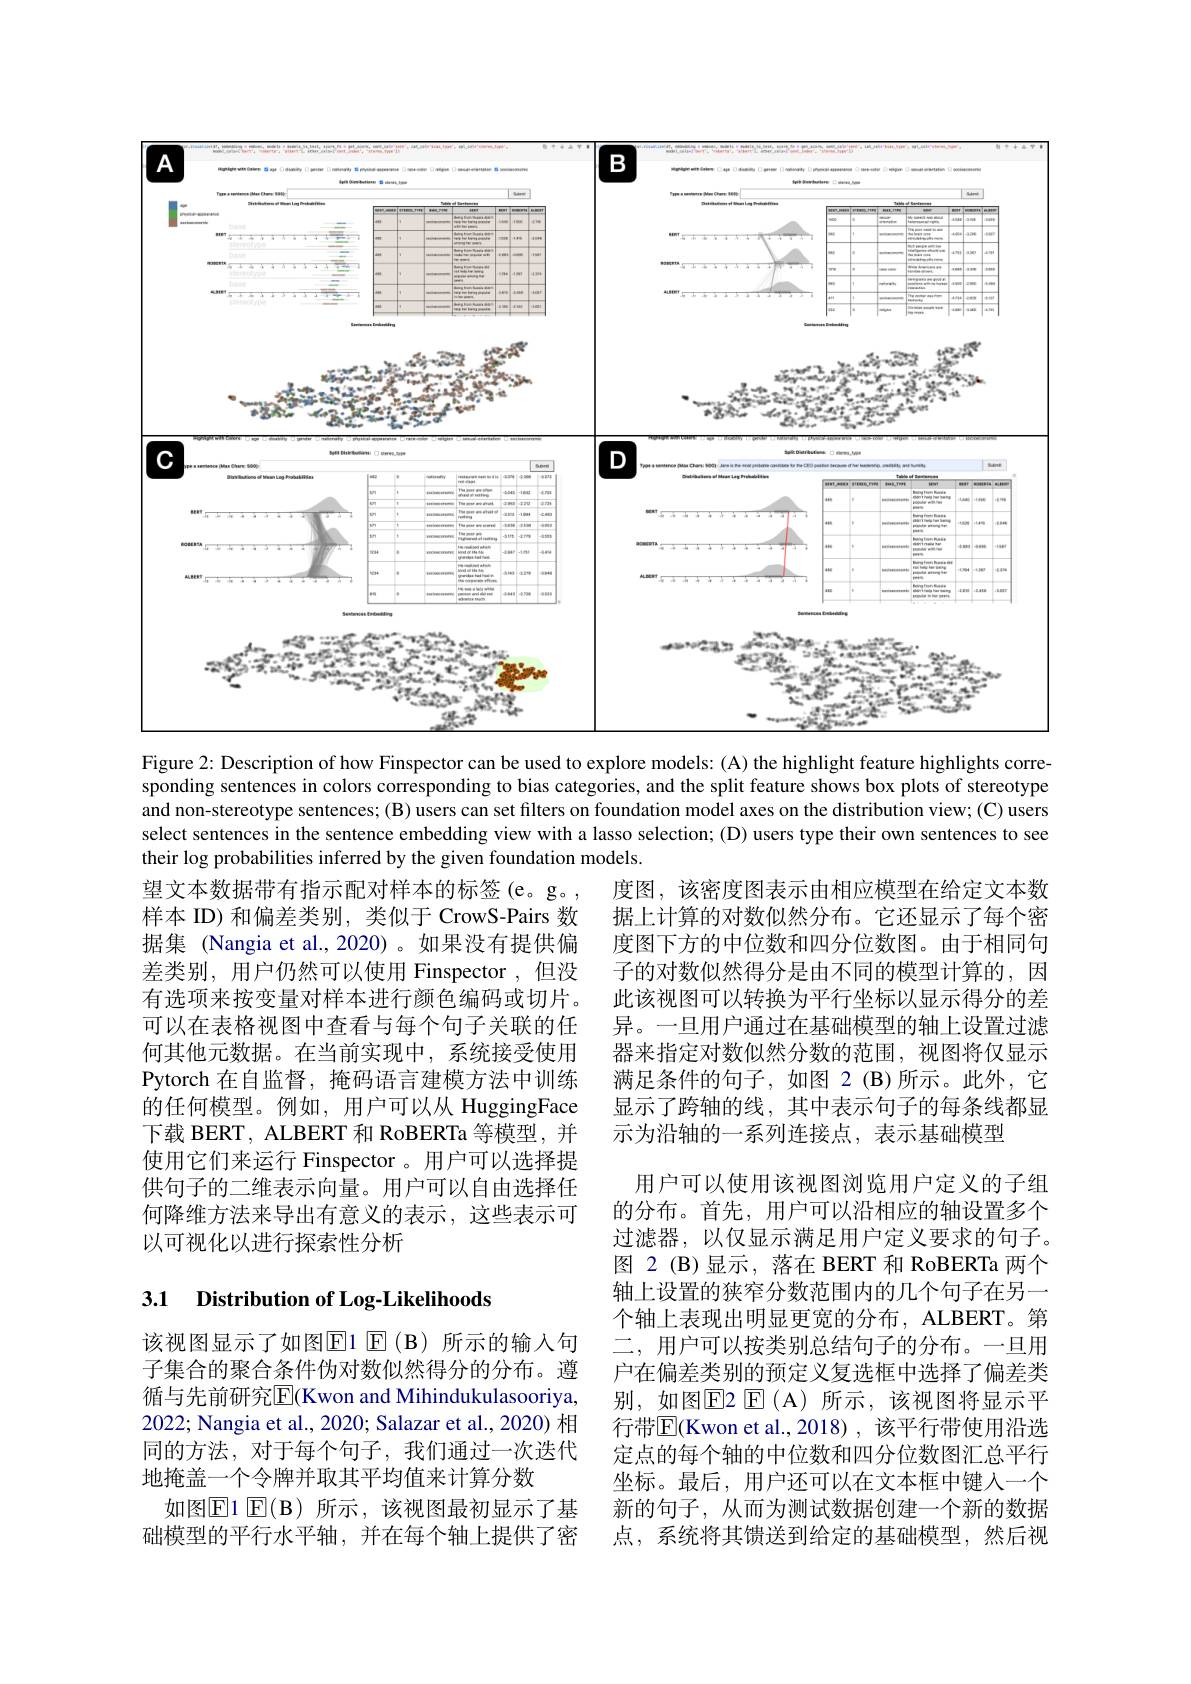
<FigureHere>
Figure 2: Description of how Finspector can be used to explore models: (A) the highlight feature highlights corre-

sponding sentences in colors corresponding to bias categories, and the split feature shows box plots of stereotype and non-stereotype sentences; (B) users can set filters on foundation model axes on the distribution view; (C) users select sentences in the sentence embedding view with a lasso selection; (D) users type their own sentences to see their log probabilities inferred by the given foundation models.

度图，该密度图表示由相应模型在给定文本数据上计算的对数似然分布。它还显示了每个密度图下方的中位数和四分位数图。由于相同句子的对数似然得分是由不同的模型计算的，因此该视图可以转换为平行坐标以显示得分的差异。一旦用户通过在基础模型的轴上设置过滤器来指定对数似然分数的范围，视图将仅显示满足条件的句子，如图 2(B)所示。此外，它显示了跨轴的线，其中表示句子的每条线都显示为沿轴的一系列连接点，表示基础模型

望文本数据带有指示配对样本的标签(e。g。, 样本 ID) 和偏差类别，类似于 CrowS-Pairs 数据集 (Nangia et al.,2020)。如果没有提供偏差类别，用户仍然可以使用 Finspector ,但没有选项来按变量对样本进行颜色编码或切片。可以在表格视图中查看与每个句子关联的任何其他元数据。在当前实现中，系统接受使用Pytorch 在自监督，掩码语言建模方法中训练的任何模型。例如，用户可以从 HuggingFace 下载 BERT, ALBERT 和 RoBERTa 等模型，并使用它们来运行 Finspector 。用户可以选择提供句子的二维表示向量。用户可以自由选择任何降维方法来导出有意义的表示，这些表示可以可视化以进行探索性分析

用户可以使用该视图浏览用户定义的子组的分布。首先，用户可以沿相应的轴设置多个过滤器，以仅显示满足用户定义要求的句子。图 2 (B)显示，落在 BERT 和 RoBERTa 两个轴上设置的狭窄分数范围内的几个句子在另一个轴上表现出明显更宽的分布，ALBERT。第二，用户可以按类别总结句子的分布。一旦用户在偏差类别的预定义复选框中选择了偏差类别，如图$\overline{\mathrm{E}}$2 E(A)所示，该视图将显示平行带$\overline{\mathrm{E}}($Kwon et al.,2018),该平行带使用沿选定点的每个轴的中位数和四分位数图汇总平行坐标。最后，用户还可以在文本框中键入一个新的句子，从而为测试数据创建一个新的数据点，系统将其馈送到给定的基础模型，然后视

## 3.1 Distribution of Log-Likelihoods

该视图显示了如图$\mathbb{E}$1 $\mathbb{E}(\mathfrak{B})$ 所示的输入句子集合的聚合条件伪对数似然得分的分布。遵循与先前研究$\overline{\mathrm{E}}($Kwon and Mihindukulasooriya, 2022; Nangia et al., 2020; Salazar et al., 2020) 相同的方法，对于每个句子，我们通过一次迭代地掩盖一个令牌并取其平均值来计算分数
如图$\mathbb{E}$1 $\mathbb{E}(\mathfrak{B})$ 所示，该视图最初显示了基础模型的平行水平轴，并在每个轴上提供了密